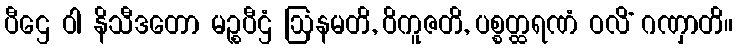
ပီဌေ ဝါ နိသီဒတော မဉ္စပီဌံ ဩနမတိ, ဝိကူဇတိ, ပစ္စတ္ထရဏံ ဝလိံ ဂဏှာတိ။